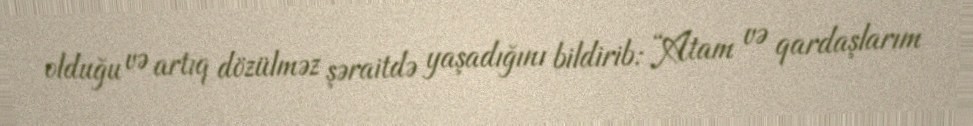
olduğu və artıq dözülməz şəraitdə yaşadığını bildirib: “Atam və qardaşlarım